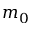
m _ { 0 }